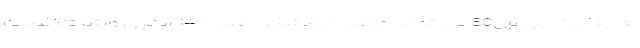
به جزئیات جی وی80 می تواند حضور نمایشگر اصلی 14.5 اینچی ویژه تنظیمات